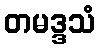
တမဒ္ဒသံ